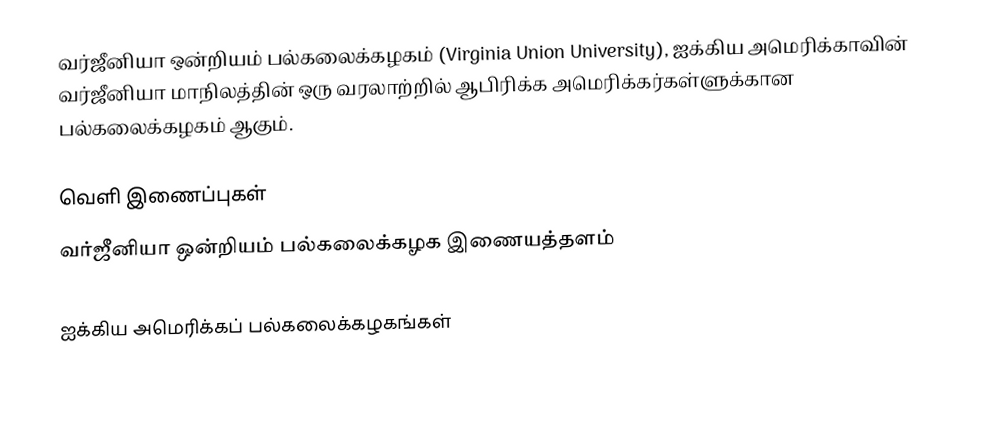
வர்ஜீனியா ஒன்றியம் பல்கலைக்கழகம் (Virginia Union University), ஐக்கிய அமெரிக்காவின் வர்ஜீனியா மாநிலத்தின் ஒரு வரலாற்றில் ஆபிரிக்க அமெரிக்கர்கள்ளுக்கான பல்கலைக்கழகம் ஆகும்.

வெளி இணைப்புகள்
வர்ஜீனியா ஒன்றியம் பல்கலைக்கழக இணையத்தளம்

ஐக்கிய அமெரிக்கப் பல்கலைக்கழகங்கள்